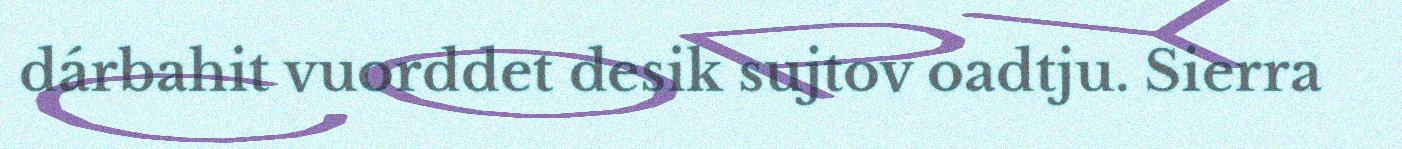
dárbahit vuorddet desik sujtov oadtju. Sierra